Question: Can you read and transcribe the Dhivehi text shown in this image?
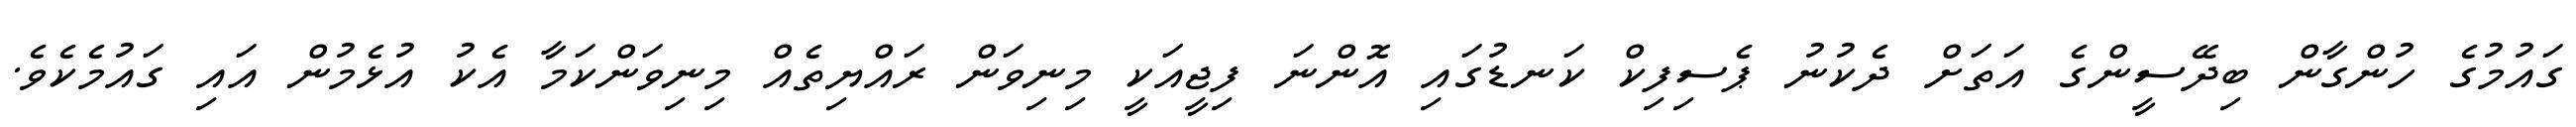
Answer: ގައުމުގެ ހުންގާން ބިދޭސީންގެ އަތަށް ދެކުނު ޕެސިފިކް ކަނޑުގައި އޮންނަ ފިޖީއަކީ މިނިވަން ރައްޔިތެއް މިނިވަންކަމާ އެކު އުޅެމުން އައި ގައުމެކެވެ.